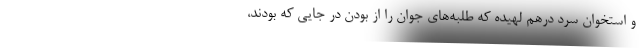
و استخوان سرد درهم لهيده كه طلبه‌هاي جوان را از بودن در جايي كه بودند،